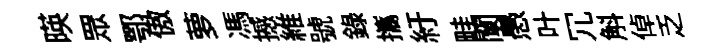
暎眾鄂傲萝馮撼維號録攜紆畦闡愚叶冗斛倬乏